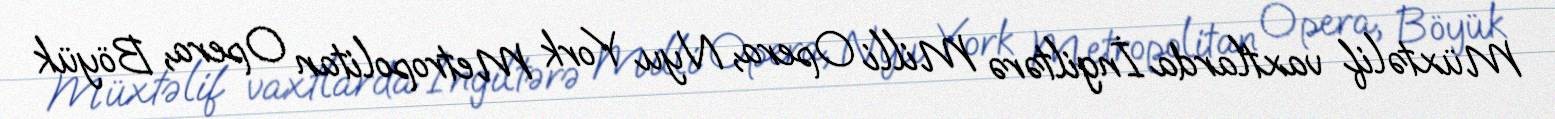
Müxtəlif vaxtlarda İngiltərə Milli Opera, Nyu York Metropolitan Opera, Böyük